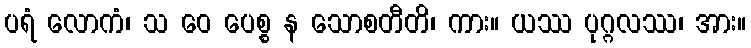
ပရံ လောကံ၊ သ ဝေ ပေစ္စ န သောစတီတိ၊ ကား။ ယဿ ပုဂ္ဂလဿ၊ အား။